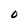
Character: 0